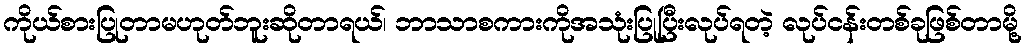
ကိုယ်စားပြုတာမဟုတ်ဘူးဆိုတာရယ်၊ ဘာသာစကားကိုအသုံးပြုပြီးလုပ်ရတဲ့ လုပ်ငန်းတစ်ခုဖြစ်တာမို့